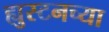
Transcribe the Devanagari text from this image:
ह्युस्टनच्या